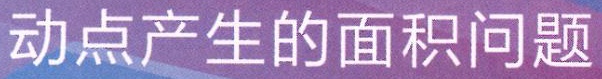
动点产生的面积问题